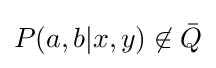
P(a,b|x,y)\not \in {\bar {Q}}